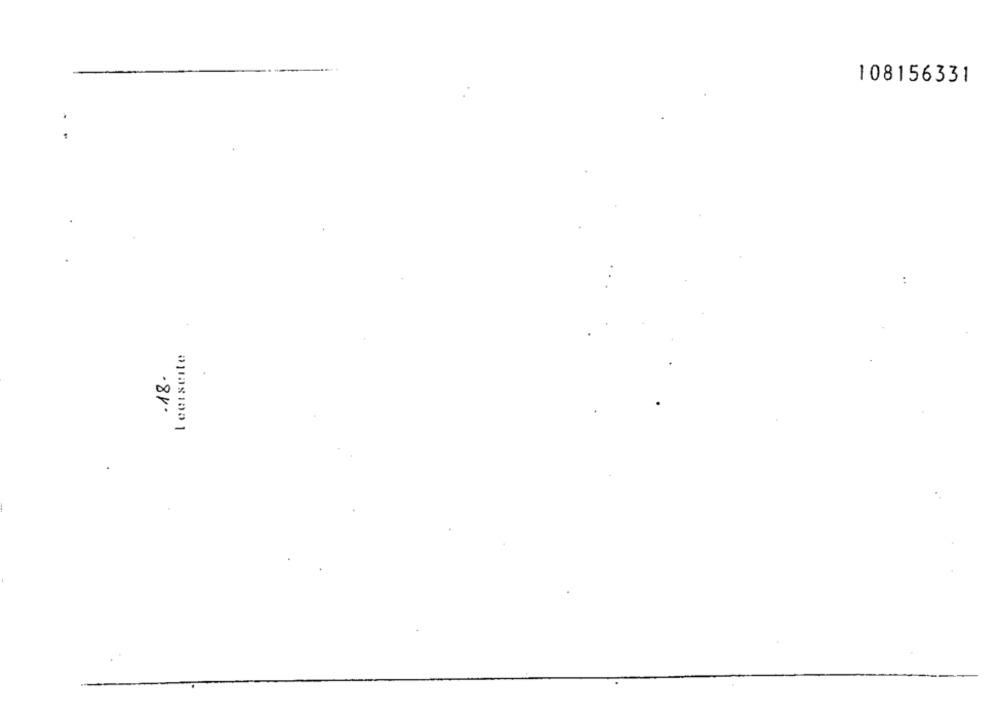
108156331
.18.